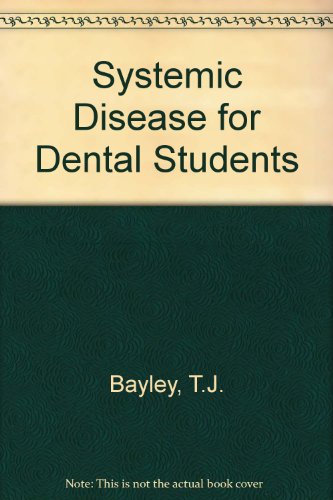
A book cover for Systemic Disease for Dental Students; T. J. Bayley; Medical Books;